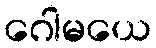
ဂေါမယေ